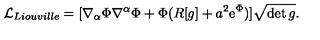
{ \cal L } _ { L i o u v i l l e } = [ \nabla _ { \alpha } \Phi \nabla ^ { \alpha } \Phi + \Phi ( R [ g ] + a ^ { 2 } \mathrm { e } ^ { \Phi } ) ] \sqrt { \det g } .